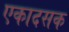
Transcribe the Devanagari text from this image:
एकादसक